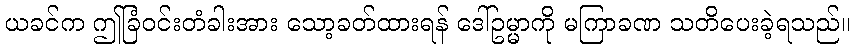
ယခင်က ဤခြံဝင်းတံခါးအား သော့ခတ်ထားရန် ဒေါ်ဥမ္မာကို မကြာခဏ သတိပေးခဲ့ရသည်။